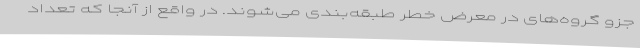
جزو گروه‌های در معرض خطر طبقه‌بندی می‌شوند. در واقع از آنجا که تعداد